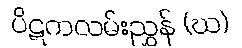
ပိဋကလမ်းညွှန် (ဃ)